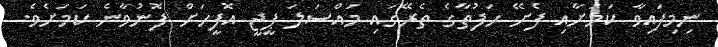
ނިމިފައިވާ ކަމަށާއި ފެށޭ ހަފުތާގެ ތެރޭގައި މައްސަލަ ޕީޖީ އޮފީހަށް ފޮނުވާނެ ކަމަށެވެ.